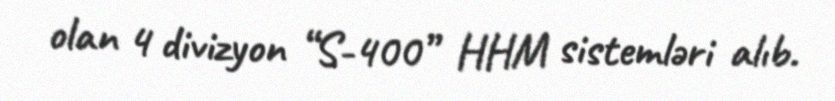
olan 4 divizyon “S-400” HHM sistemləri alıb.